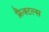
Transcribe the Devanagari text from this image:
फ्रैक्टल्स